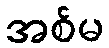
အစ်မ